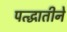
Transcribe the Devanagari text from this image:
पत्द्धातीने